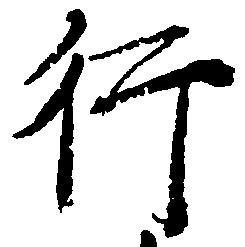
行